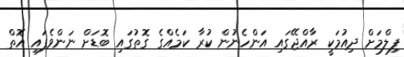
ފިލްމަށް ދިއުމަކީ ރާއްޖޭގައި އަންހެނުން ކުރާ ކަމެއްގެ ގޮތުގައި ބޮޑަށް ނަންވެފައި އޮތް